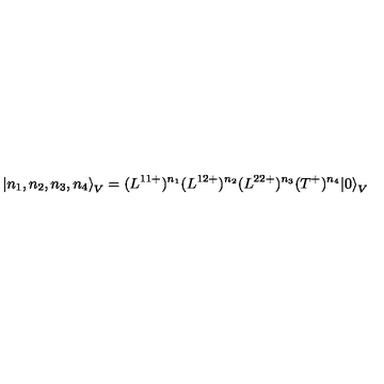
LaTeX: { \left| n _ { 1 } , n _ { 2 } , n _ { 3 } , n _ { 4 } \right\rangle } _ { V } = ( L ^ { 1 1 + } ) ^ { n _ { 1 } } ( L ^ { 1 2 + } ) ^ { n _ { 2 } } ( L ^ { 2 2 + } ) ^ { n _ { 3 } } ( T ^ { + } ) ^ { n _ { 4 } } { | 0 \rangle } _ { V }